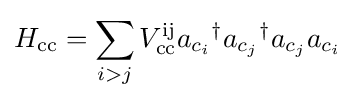
H_{\text{cc}}=\sum _{i>j}V_{\text{cc}}^{\text{ij}}a_{c_{i}}{}^{\dagger }a_{c_{j}}{}^{\dagger }a_{c_{j}}a_{c_{i}}